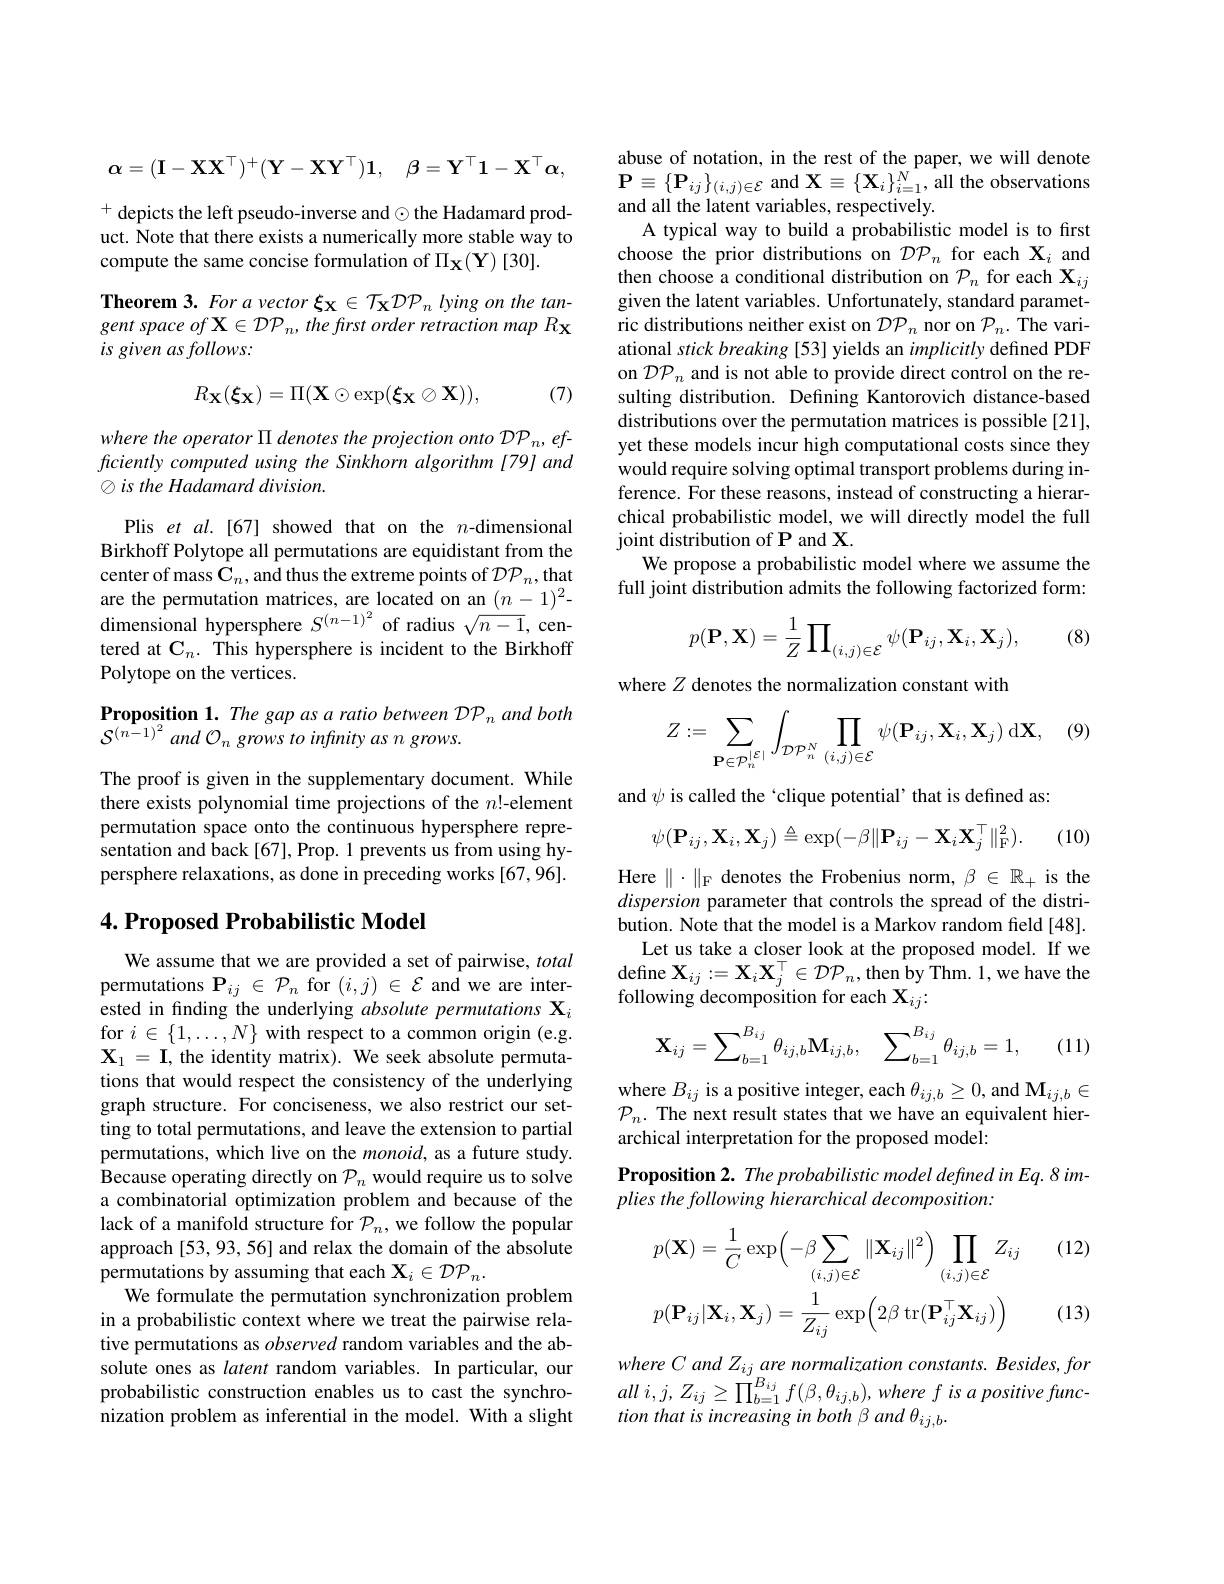
$$\mathbf{\alpha}=(\mathbf{I}-\mathbf{X}\mathbf{X}^\top)^+(\mathbf{Y}-\mathbf{X}\mathbf{Y}^\top)\mathbf{1},\quad\mathbf{\beta}=\mathbf{Y}^\top\mathbf{1}-\mathbf{X}^\top\mathbf{\alpha}$$
$^{+}$depicts the left pseudo-inverse and$\odot$the Hadamard product. Note that there exists a numerically more stable way to compute the same concise formulation of $\Pi_\mathbf{X}(\mathbf{Y})[30].$
Theorem 3. For a vector $\xi_\mathbf{X}\in\mathcal{T}_\mathbf{X}\mathcal{DP}_n$ lying on the tangent space of X $\in\mathcal{DP}_n$, the frst order retraction map Rx is given as follows:

(7)
$$R_\mathbf{X}(\boldsymbol{\xi_X})=\Pi(\mathbf{X}\odot\exp(\boldsymbol{\xi_X}\otimes\mathbf{X})),$$
where the operator $\Pi$ denotes the projection onto DP$_n,ef-$ ficiently computed using the Sinkhorn algorithm [79] and $\otimes is$ the Hadamard division.

Plis et al.[67] showed that on the $n$-dimensional Birkhoff Polytope all permutations are equidistant from the center of mass $\mathbf{C}_n$,and thus the extreme points of $\mathcal{D}\mathcal{P}_n$,that are the permutation matrices, are located on an $(n-1)^2-$ dimensional hypersphere $S^{(n-1)^2}$ of radius $\sqrt n-1$, centered at $\mathbf{C}_n.$ This hypersphere is incident to the Birkhoff Polytope on the vertices.

Proposition 1. The gap as a ratio between DP n and both
$\mathcal{S}^{(n-1)^{2}}$ and O$_n$ grows to infinity as $n$ grows.

The proof is given in the supplementary document. While there exists polynomial time projections of the $n!$-element permutation space onto the continuous hypersphere representation and back [67], Prop. 1 prevents us from using hypersphere relaxations, as done in preceding works [67,96].

## $4. \textbf{Proposed Probabilistic Model}$

We assume that we are provided a set of pairwise, total permutations $\mathbf{P}_{ij}\in\mathcal{P}_{n}$ for $(i,j)\in\mathcal{E}$ and we are interested in finding the underlying absolute permutations Xi for $i\in\{1,\ldots,N\}$ with respect to a common origin (e.g. $\mathbf{X}_1=\mathbf{I}$, the identity matrix). We seek absolute permutations that would respect the consistency of the underlying graph structure. For conciseness, we also restrict our setting to total permutations, and leave the extension to partial permutations, which live on the $monoid$, as a future study. Because operating directly on $\mathcal{P}_n$ would require us to solve a combinatorial optimization problem and because of the lack of a manifold structure for $\mathcal{P}_n$, we follow the popular approach [53, 93, 56] and relax the domain of the absolute permutations by assuming that each $\mathbf{X}_i\in\mathcal{D}\mathcal{P}_n.$
We formulate the permutation synchronization problem in a probabilistic context where we treat the pairwise relative permutations as observed random variables and the absolute ones as latent random variables. In particular, our probabilistic construction enables us to cast the synchronization problem as inferential in the model. With a slight

abuse of notation, in the rest of the paper, we will denote $\mathbf{P}\equiv\{\mathbf{P}_{ij}\}_{(i,j)\in\mathcal{E}}$ and $\mathbf{X}\equiv\{\mathbf{X}_i\}_{i=1}^N$, all the observations and all the latent variables, respectively
A typical way to build a probabilistic model is to first choose the prior distributions on $\mathcal{DP}_n$ for each $\mathbf{X}_i$ and then choose a conditional distribution on $\mathcal{P}_n$ for each $\mathbf{X}_ij$ given the latent variables. Unfortunately, standard parametric distributions neither exist on $\mathcal{D}\mathcal{P}_n$ nor on $\mathcal{P}_n.$ The variational stick breaking [53] yields an implicitly defined PDF on $\mathcal{DP}_n$ and is not able to provide direct control on the resulting distribution. Defining Kantorovich distance-based distributions over the permutation matrices is possible [21], yet these models incur high computational costs since they would require solving optimal transport problems during inference. For these reasons, instead of constructing a hierarchical probabilistic model, we will directly model the full joint distribution of P and X
We propose a probabilistic model where we assume the full joint distribution admits the following factorized form:

(8)
$$p(\mathbf{P},\mathbf{X})=\frac{1}{Z}\prod_{(i,j)\in\mathcal{E}}\psi(\mathbf{P}_{ij},\mathbf{X}_{i},\mathbf{X}_{j}),$$
where $Z$ denotes the normalization constant with

(9)
$$Z:=\sum_{\mathbf{P}\in\mathcal{P}_{n}^{|\mathcal{E}|}}\int_{\mathcal{D}\mathcal{P}_{n}^{N}}\prod_{(i,j)\in\mathcal{E}}\psi(\mathbf{P}_{ij},\mathbf{X}_{i},\mathbf{X}_{j})\:\mathrm{d}\mathbf{X},$$
and $\psi$ is called the 'clique potential' that is defined as
$$\psi(\mathbf{P}_{ij},\mathbf{X}_{i},\mathbf{X}_{j})\triangleq\exp(-\beta\|\mathbf{P}_{ij}-\mathbf{X}_{i}\mathbf{X}_{j}^{\top}\|_{\mathrm{F}}^{2}).$$
(10)

Here $\|\cdot\|_{\mathrm{F}}$ denotes the Frobenius norm, $\beta\in\mathbb{R}_+$ is the dispersion parameter that controls the spread of the distribution. Note that the model is a Markov random field[48].
Let us take a closer look at the proposed model. If we $\mathrm{define~X}_{ij}: = \mathbf{X} _{i}\mathbf{X} _{j}^{\top }\in \mathcal{D} \mathcal{P} _{n}$,then $\hat{b}$y $\hat{T}$hm. 1, we have the c u following decomposition for each X$_ij.$
$$\mathbf{X}_{ij}=\sum_{b=1}^{B_{ij}}\theta_{ij,b}\mathbf{M}_{ij,b},\quad\sum_{b=1}^{B_{ij}}\theta_{ij,b}=1,$$
(11)

where $B_ij$ is a positive integer, each $\theta_ij,b\geq0$, and $\mathbf{M}_ij,b\in$ $\mathcal{P}_n.$ The next result states that we have an equivalent hierarchical interpretation for the proposed model:

Proposition 2. The probabilistic model defined in Eq. 8 im-
plies the following hierarchical decomposition:

(12)
$$p(\mathbf{X})=\frac{1}{C}\exp\Bigl(-\beta\sum_{(i,j)\in\mathcal{E}}\|\mathbf{X}_{ij}\|^{2}\Bigr)\prod_{(i,j)\in\mathcal{E}}Z_{ij}\\p(\mathbf{P}_{ij}|\mathbf{X}_{i},\mathbf{X}_{j})=\frac{1}{Z_{ij}}\exp\Bigl(2\beta\:\mathrm{tr}(\mathbf{P}_{ij}^{\top}\mathbf{X}_{ij})\Bigr)$$
(13)

where C and Zij are normalization constants. Besides, for all $i, j$, $Z_{ij}\geq \prod _{b= 1}^{B_{ij}}f( \beta , \theta _{ij, b}) , where$ $f$ $is$ $a$ positive $func-$ tion that is increasing in both β and θ